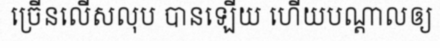
ច្រើនលើសលុប បានឡើយ ហើយបណ្តាលឲ្យ